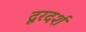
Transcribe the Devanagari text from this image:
दूरदर्श